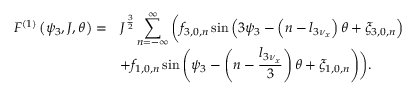
\begin{array} { c l } { \displaystyle F ^ { \left( 1 \right) } \left( \psi _ { 3 } , J , \theta \right) = } & { \displaystyle J ^ { \frac { 3 } { 2 } } \sum _ { n = - \infty } ^ { \infty } { \biggl ( f _ { 3 , 0 , n } \sin \left( 3 \psi _ { 3 } - \left( n - l _ { 3 \nu _ { x } } \right) \theta + \xi _ { 3 , 0 , n } \right) } } \\ & { \displaystyle + f _ { 1 , 0 , n } \sin \left( \psi _ { 3 } - \left( n - \frac { l _ { 3 \nu _ { x } } } { 3 } \right) \theta + \xi _ { 1 , 0 , n } \right) \biggr ) . } \end{array}